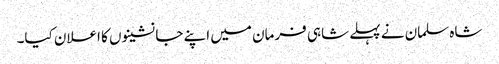
شاہ سلمان نے پہلے شاہی فرمان میں اپنے جانشینوں کا اعلان کیا۔